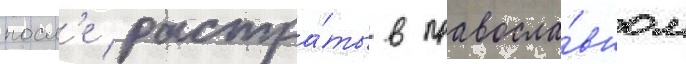
посл'е растра́ты в правосла́вном